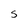
Character: S